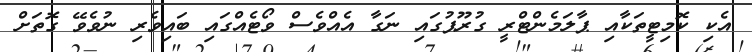
އެކި ކޮމިޓީތަކާއި ޕާލަމެންޓްރީ ގުރޫޕުގައި ނަގާ އެއްވެސް ވޯޓެއްގައި ބައިވެރި ނުވެވޭ ގޮތަށް